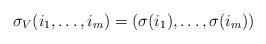
LaTeX: \begin{align*} \sigma_V (i_1, \ldots, i_m) = (\sigma (i_1), \ldots, \sigma (i_m)) \end{align*}